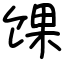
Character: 馃